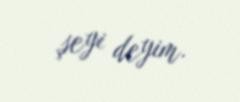
şeyi deyim.